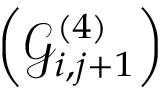
\left( \mathcal { G } _ { i , j + 1 } ^ { ( 4 ) } \right)